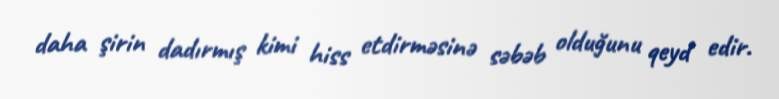
daha şirin dadırmış kimi hiss etdirməsinə səbəb olduğunu qeyd edir.